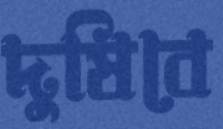
দুষিবে